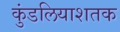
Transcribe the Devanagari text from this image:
कुंडलियाशतक